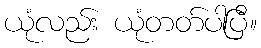
ယုံလည်း ယုံတတ်ပါပြီ။